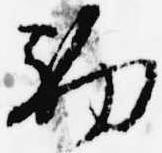
初